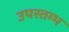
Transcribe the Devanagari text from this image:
उपस्तम्भ